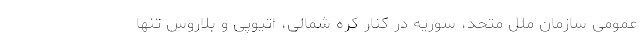
عمومی سازمان ملل متحد، سوریه در کنار کره شمالی، اتیوپی و بلاروس تنها